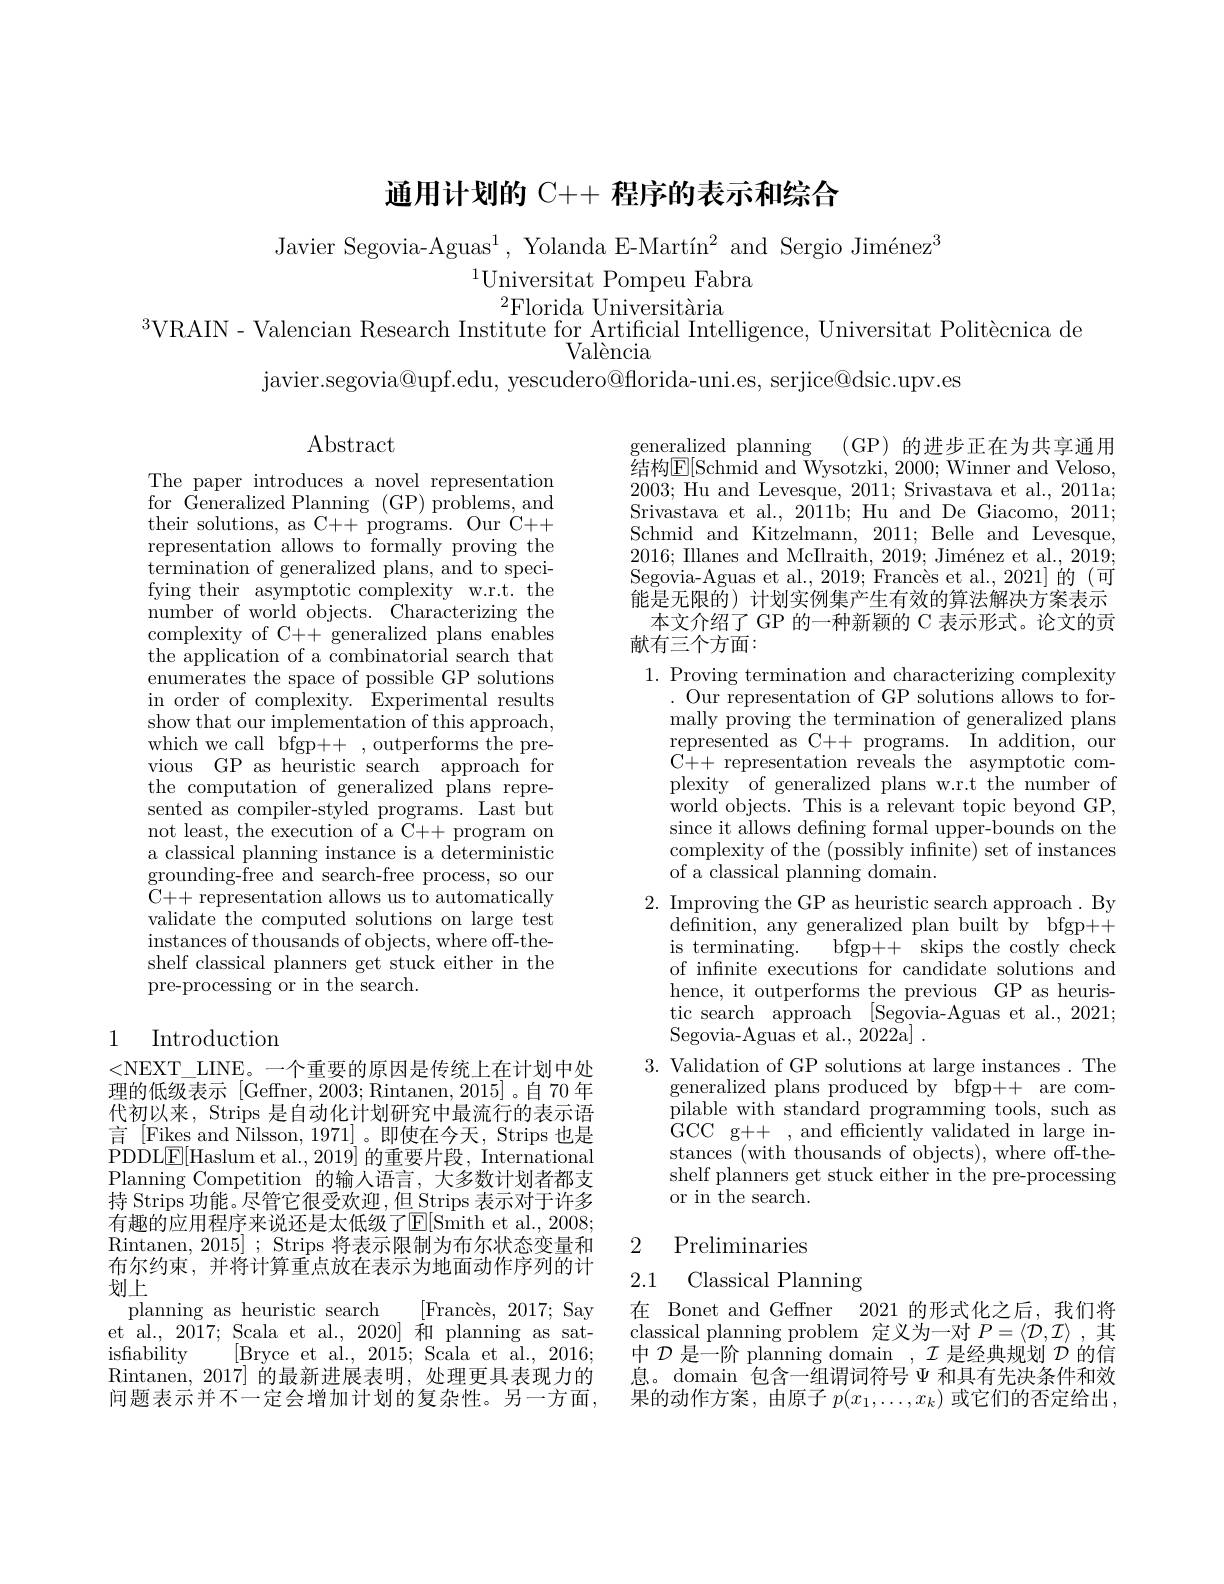
通用计划的 C++ 程序的表示和综合

Javier Segovia-Aguas$^1$, Yolanda E-Martín$^2$ and Sergio Jiménez$^3$
$^{1}$Universitat Pompeu Fabra
$^2$Florida Universitària
$^{3}$VRAIN- Valencian Research Institute for Artificial Intelligence, Universitat Politècnica de
València

javier. segovia@ upf. edu, yescudero@ fforida- uni. es, serjice@ dsic. upv. es

Abstract

The paper introduces a novel representation for Generalized Planning (GP) problems, and their solutions, as C++ programs. Our C++ representation allows to formally proving the termination of generalized plans, and to specifying their asymptotic complexity w.r.t. the number of world objects. Characterizing the complexity of C++ generalized plans enables the application of a combinatorial search that enumerates the space of possible GP solutions in order of complexity. Experimental results show that our implementation of this approach, which we call bfgp++ , outperforms the previous GP as heuristic search approach for the computation of generalized plans represented as compiler-styled programs. Last but not least, the execution of a C++ program on a classical planning instance is a deterministic grounding-free and search-free process, so our C++ representation allows us to automatically validate the computed solutions on large test instances of thousands of objects, where off-theshelf classical planners get stuck either in the pre-processing or in the search.

generalized planning (GP)的进步正在为共享通用结构$\mathbb{E}[$Schmid and Wysotzki, 2000; Winner and Veloso, 2003; Hu and Levesque, 2011; Srivastava et al., 2011a; Srivastava et al., 2011b; Hu and De Giacomo, 2011; Schmid and Kitzelmann, 2011; Belle and Levesque, 2016; Illanes and McIIraith, 2019; Jiménez et al., 2019; Segovia-Aguas et al., 2019; Francès et al., 2021] 的(可能是无限的)计划实例集产生有效的算法解决方案表示
本文介绍了 GP 的一种新颖的 C 表示形式。论文的贡
献有三个方面：
1. Proving termination and characterizing complexity
Our representation of GP solutions allows to formally proving the termination of generalized plans represented as C++ programs. In addition, our C++ representation reveals the asymptotic complexity of generalized plans w.r.t the number of world objects. This is a relevant topic beyond GP, since it allows defining formal upper-bounds on the complexity of the (possibly infinite) set of instances of a classical planning domain.
2. Improving the GP as heuristic search approach . By
$\bar{\text{definition, any generalized plan built by}}$ bfgp++ is terminating. bfgp++ skips the costly check of infnite executions for candidate solutions and hence, it outperforms the previous GP as heuristic search approach $[\tilde{\text{Segovia-Aguas et al.,2021;}}$ Segovia-Aguas et al., 2022a]
3. Validation of GP solutions at large instances. The
generalized plans produced by bfgp++ are compilable with standard programming tools, such as GCC g++ , and efficiently validated in large instances (with thousands of objects), where off-theshelf planners get stuck either in the pre-processing or in the search.

## 1 Introduction

<NEXT\_LINE。一个重要的原因是传统上在计划中处理的低级表示 [Geffner,2003;Rintanen,2015]。自 70 年代初以来，Strips 是自动化计划研究中最流行的表示语言 [Fikes and Nilsson, 1971]。即使在今天，Strips 也是PDDL$\underline{\mathrm{E}}[$Haslum et al., 2019] 的重要片段，International PlanningCompetition 的输人语言，大多数计划者都支$\bar{\text{持 Strips 功能。尽管它很受欢迎，但 Strips 表示对于许多}}$ 有趣的应用程序来说还是太低级了E[Smith et al., 2008; Rintanen, 2015] ; Strips 将表示限制为布尔状态变量和布尔约束，并将计算重点放在表示为地面动作序列的计划上
planning as heuristic search
$[ \text{Franc\`{e} s, 2017; Say}]$
et al., 2017; Scala et al., 2020] 和 planning as sat-
isfiability
[Bryce et al., 2015; Scala et al., 2016;
Rintanen,2017] 的最新进展表明，处理更具表现力的问题表示并不一定会增加计划的复杂性。另一方面，

## 2 Preliminaries

2.1 Classical Planning

在 Bonet and Geffner 2021 的形式化之后，我们将classical planning problem 定义为一对$P=\langle\mathcal{D},\mathcal{I}\rangle$ ,其中$\mathcal{D}$是一阶 planning domain , $\mathcal{I}$是经典规划$\mathcal{D}$的信息。domain 包含一组谓词符号$\Psi$和具有先决条件和效果的动作方案，由原子 $p(x_1,\ldots,x_k)$ 或它们的否定给出，